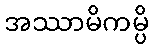
အဿာမိကမ္ပိ